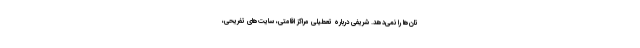
تان‌ها را نمی‌دهد. شریفی درباره تعطیلی مراکز اقامتی، سایت‌های تفریحی،